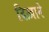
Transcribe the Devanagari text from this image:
दिख़ाने